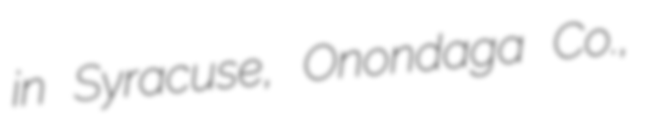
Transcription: in Syracuse, Onondaga Co.,